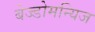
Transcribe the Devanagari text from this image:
बेज्डोमन्यिज